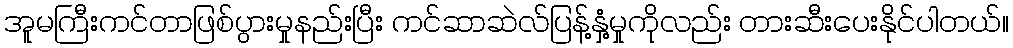
အူမကြီးကင်တာဖြစ်ပွားမှုနည်းပြီး ကင်ဆာဆဲလ်ပြန့်နှံ့မှုကိုလည်း တားဆီးပေးနိုင်ပါတယ်။